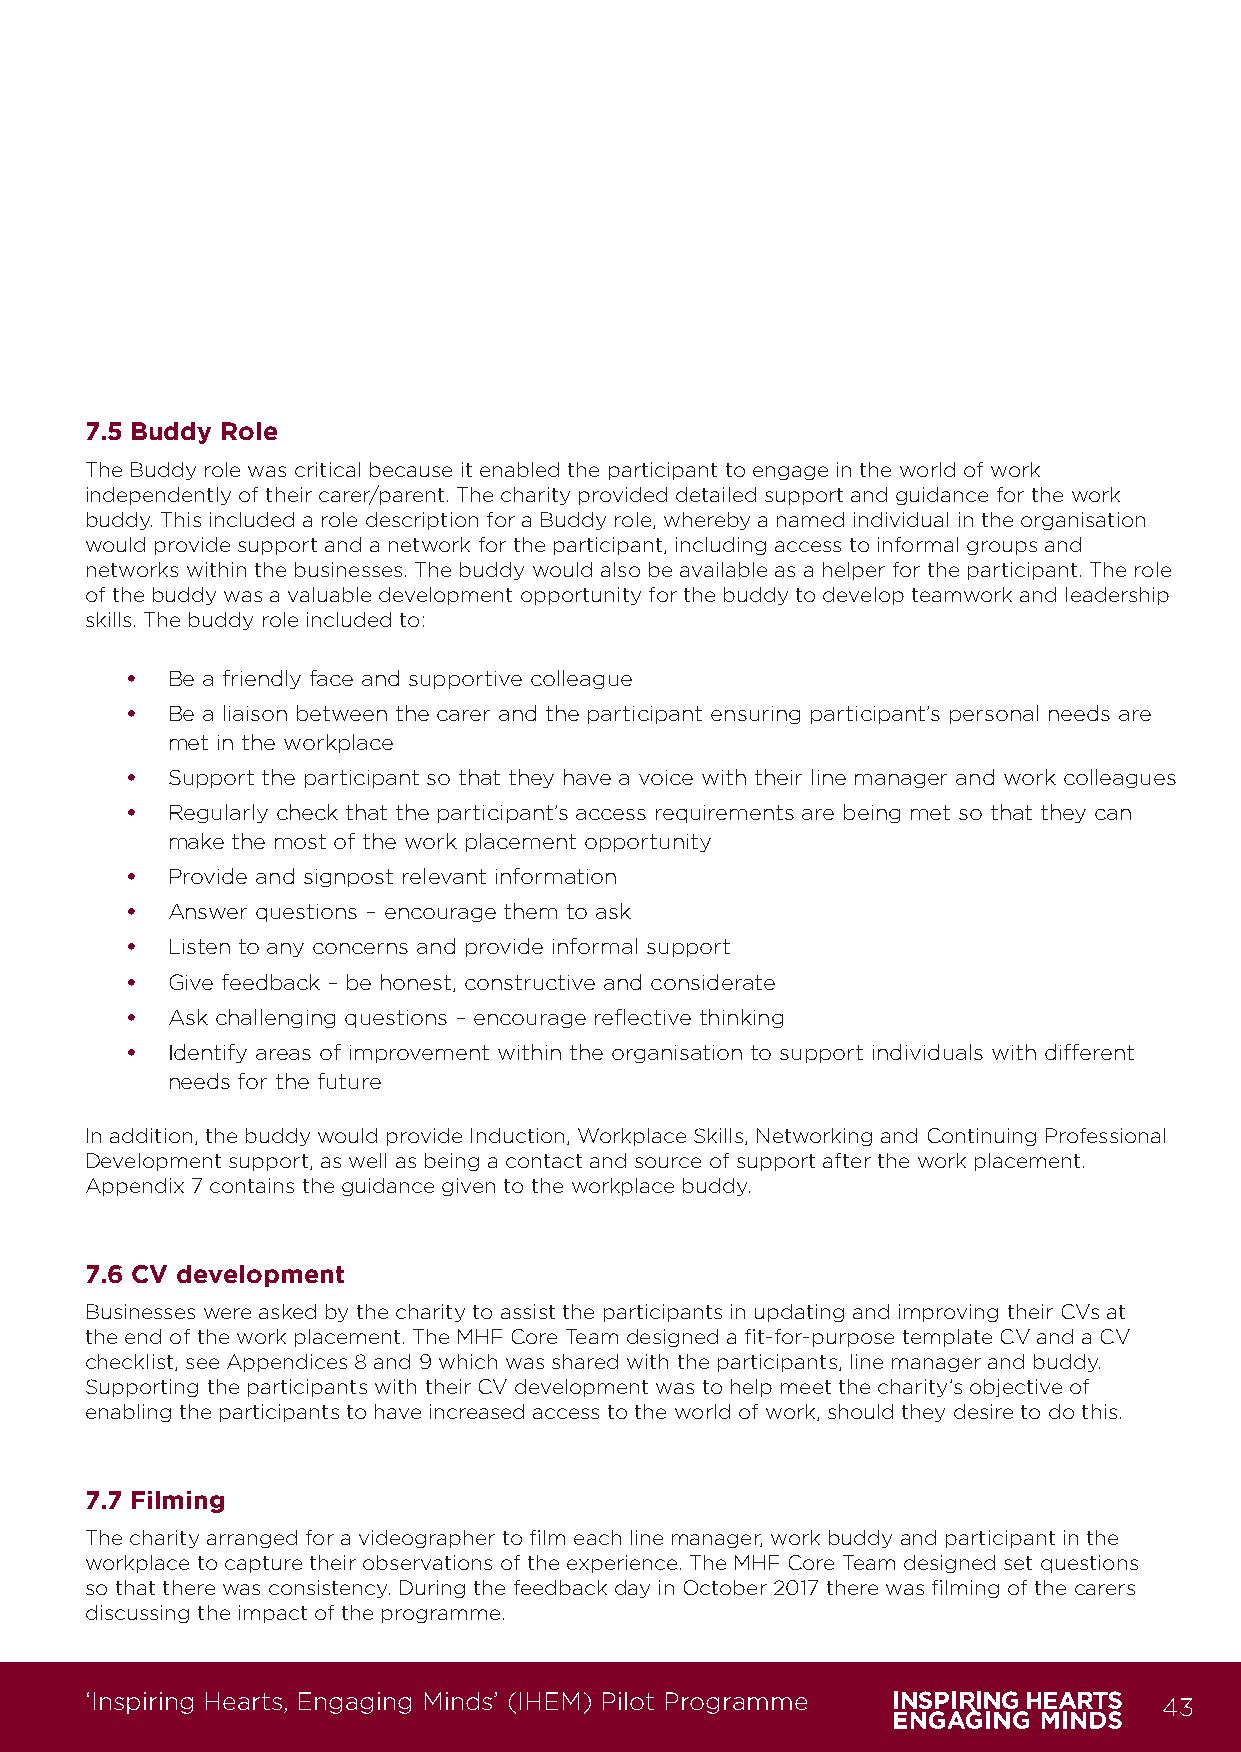
7.5 Buddy Role
 The Buddy role was critical because it enabled the participant to engage in the world of work
 independently of their carer/parent. The charity provided detailed support and guidance for the work
 buddy. This included a role description for a Buddy role, whereby a named individual in the organisation
 would provide support and a network for the participant, including access to informal groups and
 networks within the businesses. The buddy would also be available as a helper for the participant. The role
 of the buddy was a valuable development opportunity for the buddy to develop teamwork and leadership
 skills. The buddy role included to:
 •  Be a friendly face and supportive colleague
 •  Be a liaison between the carer and the participant ensuring participant’s personal needs are
 met in the workplace
 •  Support the participant so that they have a voice with their line manager and work colleagues
 •  Regularly check that the participant’s access requirements are being met so that they can
 make the most of the work placement opportunity
 •  Provide and signpost relevant information
 •  Answer questions – encourage them to ask
 •  Listen to any concerns and provide informal support
 •  Give feedback – be honest, constructive and considerate
 •  Ask challenging questions – encourage reflective thinking
 •  Identify areas of improvement within the organisation to support individuals with different
 needs for the future
 In addition, the buddy would provide Induction, Workplace Skills, Networking and Continuing Professional
 Development support, as well as being a contact and source of support after the work placement.
 Appendix 7 contains the guidance given to the workplace buddy.
 7.6 CV development
 Businesses were asked by the charity to assist the participants in updating and improving their CVs at
 the end of the work placement. The MHF Core Team designed a fit-for-purpose template CV and a CV
 checklist, see Appendices 8 and 9 which was shared with the participants, line manager and buddy.
 Supporting the participants with their CV development was to help meet the charity’s objective of
 enabling the participants to have increased access to the world of work, should they desire to do this.
 7.7 Filming
 The charity arranged for a videographer to film each line manager, work buddy and participant in the
 workplace to capture their observations of the experience. The MHF Core Team designed set questions
 so that there was consistency. During the feedback day in October 2017 there was filming of the carers
 discussing the impact of the programme.
 ‘Inspiring Hearts, Engaging Minds’ (IHEM) Pilot Programme              43
 IHEM-Evaluation-Summary-Report_Brand Compliant.indd 43                  29/09/2020 06:59:28